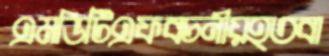
এমডিটিএফবচনীয়হতবা